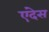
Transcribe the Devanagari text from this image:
एंदेस